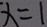
x = 1